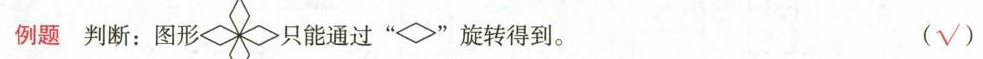
例题 判断：图形 只能通过“\”旋转得到。 （√）